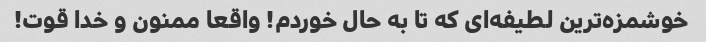
خوشمزه‌ترین لطیفه‌ای که تا به حال خوردم! واقعا ممنون و خدا قوت!